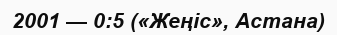
2001 — 0:5 («Жеңіс», Астана)